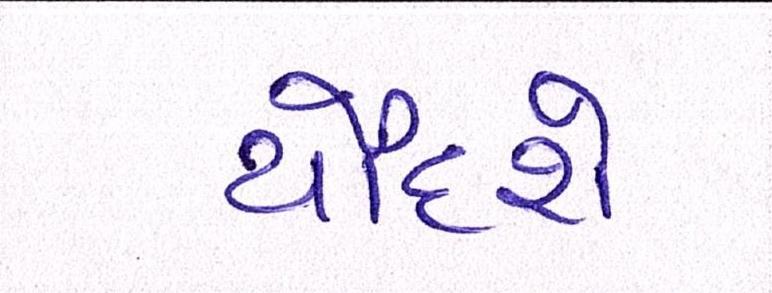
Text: ચૌદશે